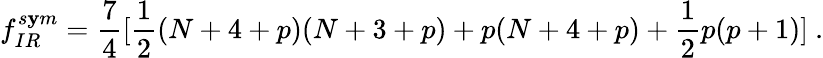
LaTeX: f_{IR}^{s\mathbf{y}m}=\frac{{7}}{{4}}[\frac{{1}}{{2}}(N+4+p)(N+3+p)+p(N+4+p)+\frac{{1}}{{2}}p(p+1)]\ .